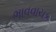
ભાવવાચક